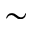
\sim